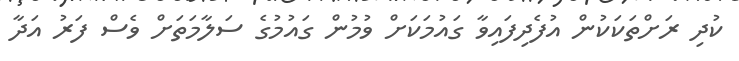
ކުދި ރަށްތަކަކުން އުފެދިފައިވާ ގައުމަކަށް ވުމުން ގައުމުގެ ސަލާމަތަށް ވެސް ފަރު އަދާ